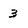
Character: 3